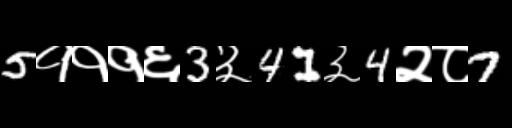
Text: 5१११६3३41३4२८7